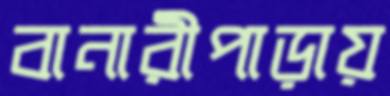
বানারীপাড়ায়